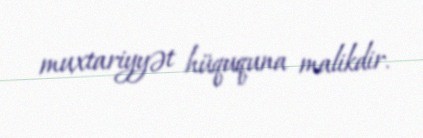
muxtariyyət hüququna malikdir.